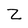
Character: z